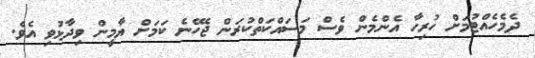
ދެމެހެއްޓުމަށް ހުރިހާ އެންމެން ވެސް މަސައްކަތްކުރަން ޖެހޭނެ ކަމަށް ޔާމީން ވިދާޅުވި އެވެ.